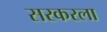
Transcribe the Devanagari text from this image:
सरकरला